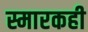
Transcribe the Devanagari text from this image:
स्मारकही